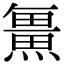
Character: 𭻯